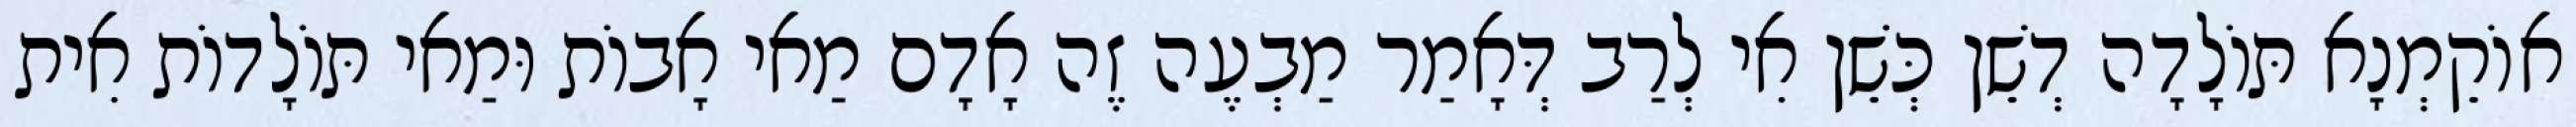
אוֹקֵמְנָא תּוֹלָדָה דְשֵׁן כְּשֵׁן אִי לְרַב דְּאָמַר מַבְעֶה זֶה אָדָם מַאי אָבוֹת וּמַאי תּוֹלָדוֹת אִית